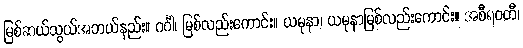
မြစ်ဆယ်သွယ်အဘယ်နည်း။ ဂင်္ဂါ၊ မြစ်လည်းကောင်း။ ယမုနာ၊ ယမုနာမြစ်လည်းကောင်း။ အစီရဝတီ၊